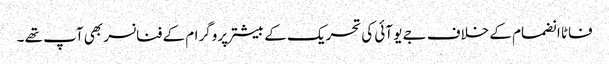
فاٹا انضمام کے خلاف جے یو آئی کی تحریک کے بیشتر پروگرام کے فنانسر بھی آپ تھے ۔